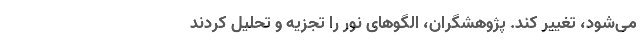
می‌شود، تغییر کند. پژوهشگران، الگو‌های نور را تجزیه و تحلیل کردند